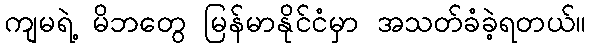
ကျမရဲ့ မိဘတွေ မြန်မာနိုင်ငံမှာ အသတ်ခံခဲ့ရတယ်။